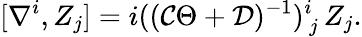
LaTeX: [\nabla^{i},Z_{j}]=i(({\cal C}\Theta+{\cal D})^{-1})_{\, j}^{i}\, Z_{j}.